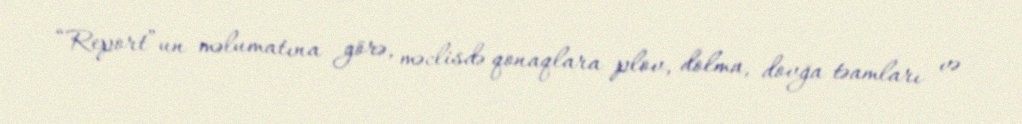
“Report”un məlumatına görə, məclisdə qonaqlara plov, dolma, dovğa təamları və